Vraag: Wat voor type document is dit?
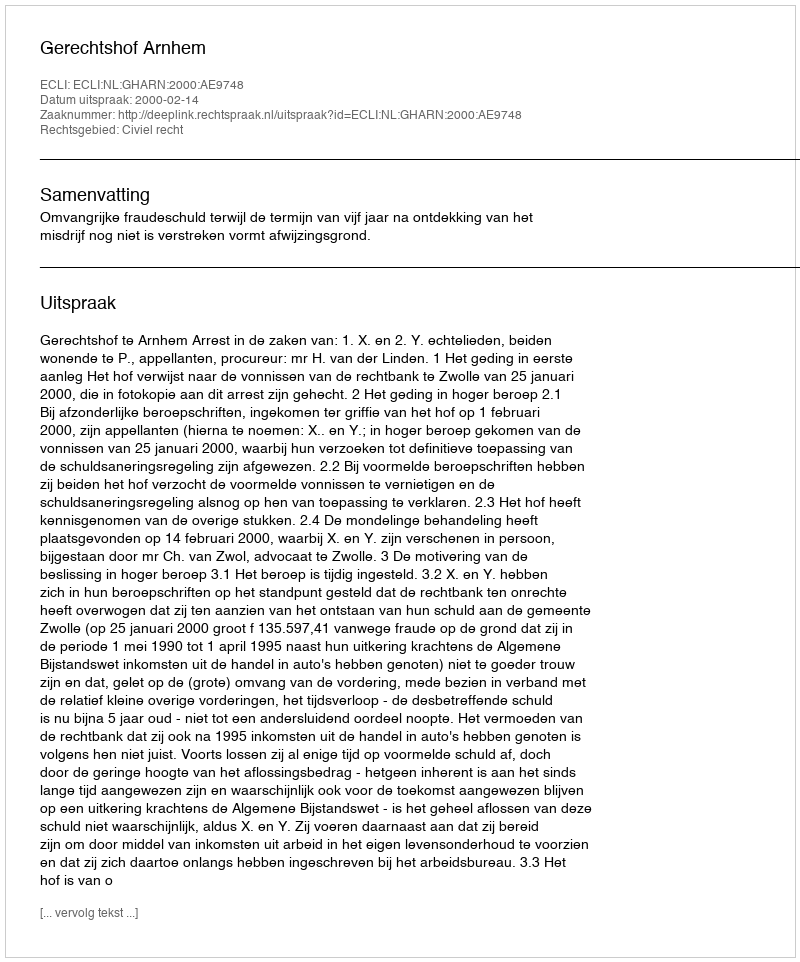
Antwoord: Uitspraak